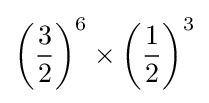
\left({\frac {3}{2}}\right)^{6}\times \left({\frac {1}{2}}\right)^{3}